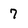
Character: 7